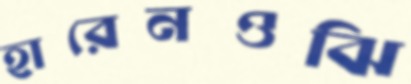
হারেনওঝি